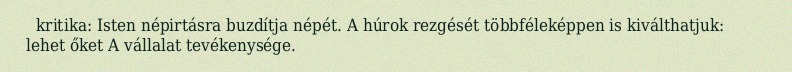
kritika: Isten népirtásra buzdítja népét. A húrok rezgését többféleképpen is kiválthatjuk: lehet őket A vállalat tevékenysége.